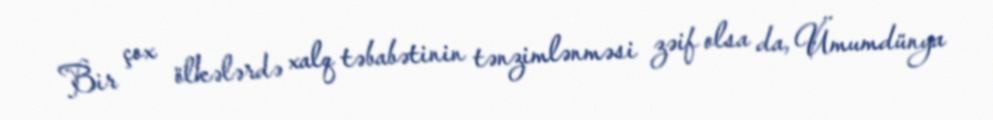
Bir çox ölkələrdə xalq təbabətinin tənzimlənməsi zəif olsa da, Ümumdünya